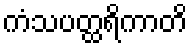
ကံသပတ္ထရိကာတိ